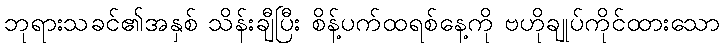
ဘုရားသခင်၏အနှစ် သိန်းချီပြီး စိန့်ပက်ထရစ်နေ့ကို ဗဟိုချုပ်ကိုင်ထားသော